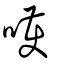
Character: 嚄